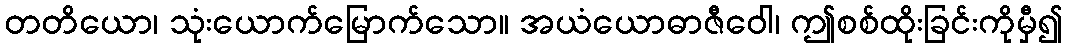
တတိယော၊ သုံးယောက်မြောက်သော။ အယံယောဓာဇီဝေါ၊ ဤစစ်ထိုးခြင်းကိုမှီ၍